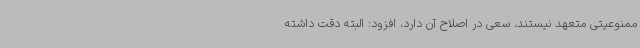
ممنوعیتی متعهد نیستند، سعی در اصلاح آن دارد، افزود: البته دقت داشته